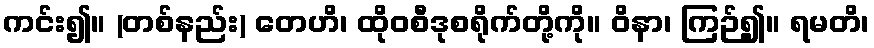
ကင်း၍။ (တစ်နည်း) တေဟိ၊ ထိုဝစီဒုစရိုက်တို့ကို။ ဝိနာ၊ ကြဉ်၍။ ရမတိ၊